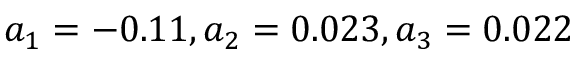
a _ { 1 } = - 0 . 1 1 , a _ { 2 } = 0 . 0 2 3 , a _ { 3 } = 0 . 0 2 2